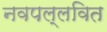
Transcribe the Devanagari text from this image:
नवपल्लवित